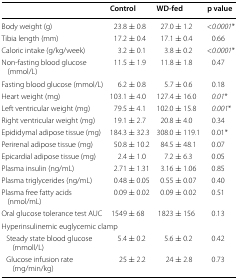
<table><thead><tr><td></td><td><b>Control</b></td><td><b>WD-fed</b></td><td><b>p value</b></td></tr></thead><tbody><tr><td>Body weight (g)</td><td>23.8 ± 0.8</td><td>27.0 ± 1.2</td><td>&lt;<i>0.0001</i>*</td></tr><tr><td>Tibia length (mm)</td><td>17.2 ± 0.4</td><td>17.1 ± 0.4</td><td>0.66</td></tr><tr><td>Caloric intake (g/kg/week)</td><td>3.2 ± 0.1</td><td>3.8 ± 0.2</td><td>&lt;<i>0.0001</i>*</td></tr><tr><td>Non-fasting blood glucose (mmol/L)</td><td>11.5 ± 1.9</td><td>11.8 ± 1.8</td><td>0.47</td></tr><tr><td>Fasting blood glucose (mmol/L)</td><td>6.2 ± 0.8</td><td>5.7 ± 0.6</td><td>0.18</td></tr><tr><td>Heart weight (mg)</td><td>103.1 ± 4.0</td><td>127.4 ± 16.0</td><td><i>0.01</i>*</td></tr><tr><td>Left ventricular weight (mg)</td><td>79.5 ± 4.1</td><td>102.0 ± 15.8</td><td><i>0.001</i>*</td></tr><tr><td>Right ventricular weight (mg)</td><td>19.1 ± 2.7</td><td>20.8 ± 4.0</td><td>0.34</td></tr><tr><td>Epididymal adipose tissue (mg)</td><td>184.3 ± 32.3</td><td>308.0 ± 119.1</td><td>0.01*</td></tr><tr><td>Perirenal adipose tissue (mg)</td><td>50.8 ± 10.2</td><td>84.5 ± 48.1</td><td>0.07</td></tr><tr><td>Epicardial adipose tissue (mg)</td><td>2.4 ± 1.0</td><td>7.2 ± 6.3</td><td>0.05</td></tr><tr><td>Plasma insulin (ng/mL)</td><td>2.71 ± 1.31</td><td>3.16 ± 1.06</td><td>0.85</td></tr><tr><td>Plasma triglycerides (ng/mL)</td><td>0.48 ± 0.05</td><td>0.55 ± 0.07</td><td>0.40</td></tr><tr><td>Plasma free fatty acids (nmol/mL)</td><td>0.09 ± 0.02</td><td>0.09 ± 0.02</td><td>0.51</td></tr><tr><td>Oral glucose tolerance test AUC</td><td>1549 ± 68</td><td>1823 ± 156</td><td>0.13</td></tr><tr><td colspan="4">Hyperinsulinemic euglycemic clamp</td></tr><tr><td> Steady state blood glucose (mmoll/L)</td><td>5.4 ± 0.2</td><td>5.6 ± 0.2</td><td>0.42</td></tr><tr><td> Glucose infusion rate (mg/min/kg)</td><td>25 ± 2.2</td><td>24 ± 2.8</td><td>0.73</td></tr></tbody></table>